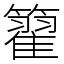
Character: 籊